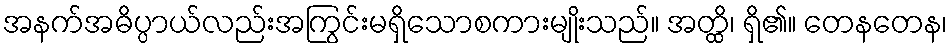
အနက်အဓိပ္ပာယ်လည်းအကြွင်းမရှိသောစကားမျိုးသည်။ အတ္ထိ၊ ရှိ၏။ တေနတေန၊